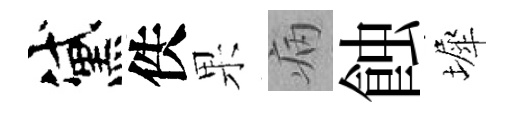
黛佚果病蝕墀